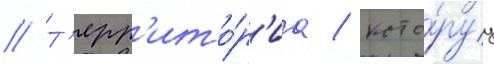
// Т'ерр'ито́р'иа / кото́руу